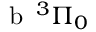
\textrm { b } \, ^ { 3 } \Pi _ { 0 }